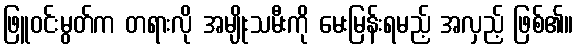
ဖြူဝင်းမွတ်က တရားလို အမျိုးသမီးကို မေးမြန်းရမည့် အလှည့် ဖြစ်၏။